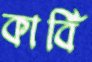
কার্বি